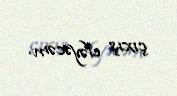
çıxış eləyəcəm.